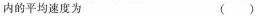
内的平均速度为 ()